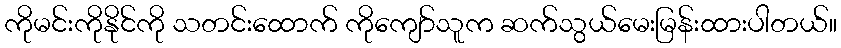
ကိုမင်းကိုနိုင်ကို သတင်းထောက် ကိုကျော်သူက ဆက်သွယ်မေးမြန်းထားပါတယ်။